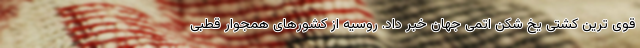
قوی ترین کشتی یخ شکن اتمی جهان خبر داد. روسیه از کشورهای همجوار قطبی